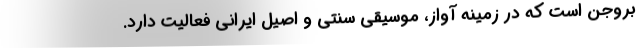
بروجن است که در زمینه آواز، موسیقی سنتی و اصیل ایرانی فعالیت دارد.